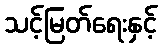
သင့်မြတ်ရေးနှင့်